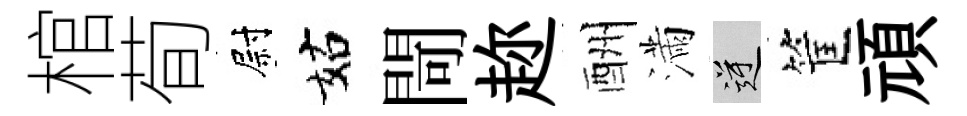
棺荀尉姑閜趂酬滿逆筐頑